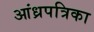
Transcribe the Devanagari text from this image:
आंध्रपत्रिका